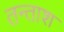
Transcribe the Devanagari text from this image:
तन्ताश